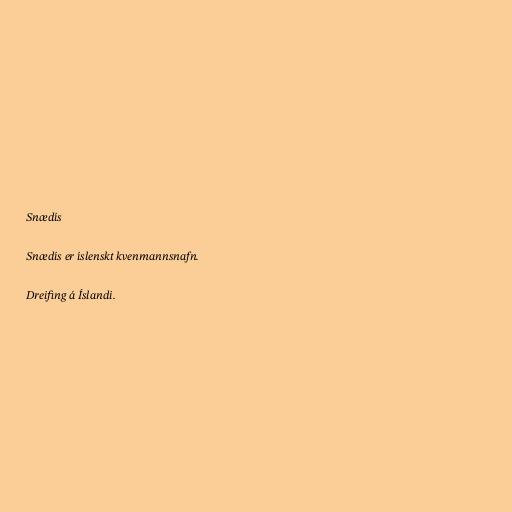
Snædís

Snædís er íslenskt kvenmannsnafn.

Dreifing á Íslandi.